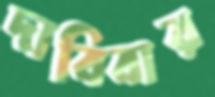
দাবিবার